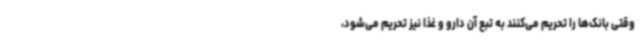
وقتی بانک‌ها را تحریم می‌کنند به تبع آن دارو و غذا نیز تحریم می‌شود،